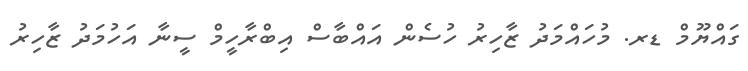
ގައްޔޫމް ޑރ. މުހައްމަދު ޒާހިރު ހުސެން އައްބާސް އިބްރާހީމް ސީނާ އަހުމަދު ޒާހިރު